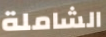
الشاملة